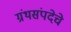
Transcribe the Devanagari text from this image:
ग्रंथसंपदेचे